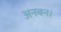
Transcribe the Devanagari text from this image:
अनबन।